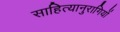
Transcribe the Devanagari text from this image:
साहित्यानुरागियों